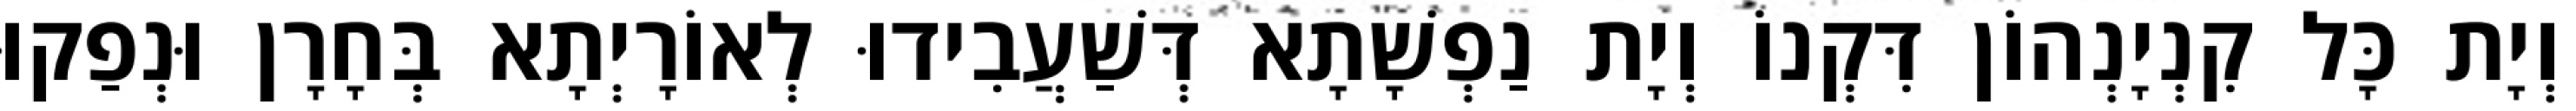
וְיָת כָּל קִנְיָנְהוֹן דִּקְנוֹ וְיָת נַפְשָׁתָא דְּשַׁעֲבִידוּ לְאוֹרָיְתָא בְּחָרָן וּנְפַקוּ